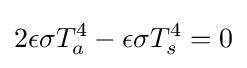
2\epsilon \sigma T_{a}^{4}-\epsilon \sigma T_{s}^{4}=0